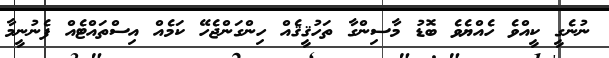
ނުނެގީ ކީއްވެ ހެއްޔެވެ ބޮޑު މާސިންގާ ތަހުޤީޤެއް ހިންގަންޖެހޭ ކަމެއް އިސްތައްޓެއް ފެނުނީމާ